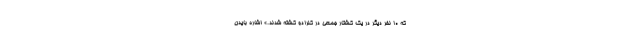
که ۱۰ نفر دیگر در یک کشتار جمعی در کلرادو کشته شدند.» اشاره بایدن